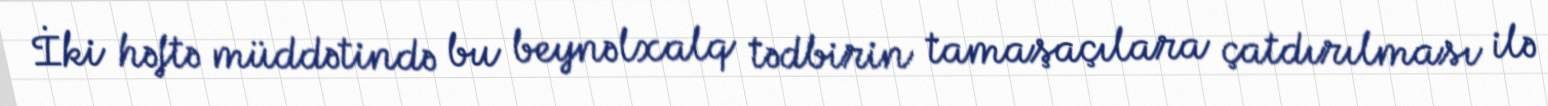
İki həftə müddətində bu beynəlxalq tədbirin tamaşaçılara çatdırılması ilə